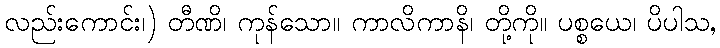
လည်းကောင်း၊) တီဏိ၊ ကုန်သော။ ကာလိကာနိ၊ တို့ကို။ ပစ္စယေ၊ ပိပါသ,